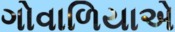
ગોવાળિયાએ